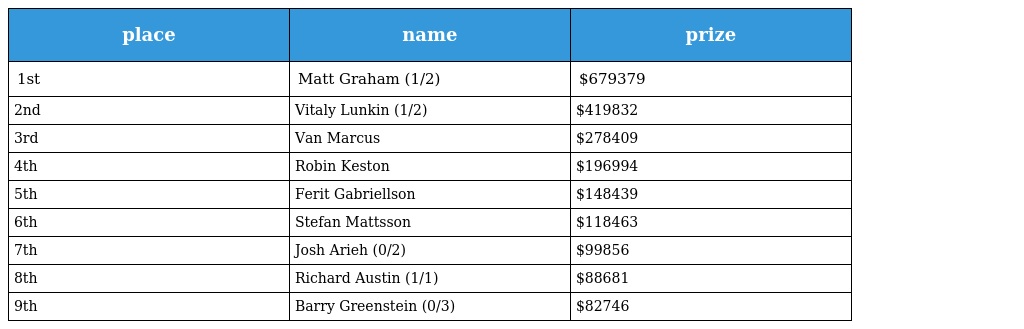
| place | name | prize |
 | --- | --- | --- |
 | 1st | Matt Graham (1/2) | $679379 |
 | 2nd | Vitaly Lunkin (1/2) | $419832 |
 | 3rd | Van Marcus | $278409 |
 | 4th | Robin Keston | $196994 |
 | 5th | Ferit Gabriellson | $148439 |
 | 6th | Stefan Mattsson | $118463 |
 | 7th | Josh Arieh (0/2) | $99856 |
 | 8th | Richard Austin (1/1) | $88681 |
 | 9th | Barry Greenstein (0/3) | $82746 |